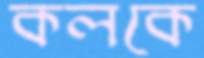
কলকে